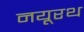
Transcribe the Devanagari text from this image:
नयूरथ